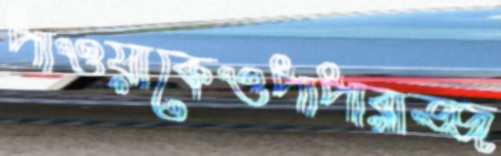
পাওয়াকেওপাপারাজ্জ